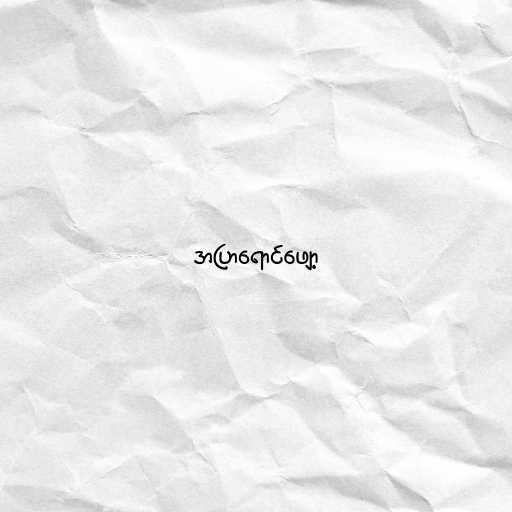
အပြာရောင်ဖျော့